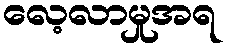
လေ့လာမှုအရ